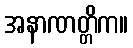
အနာဏတ္တိက။